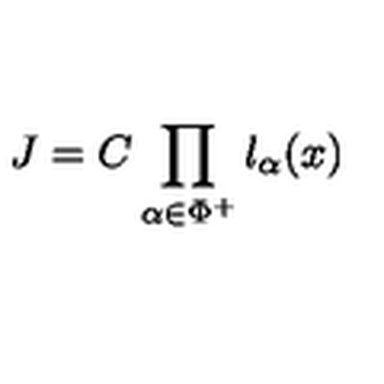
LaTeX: J = C \prod _ { \alpha \in \Phi ^ { + } } l _ { \alpha } ( x )